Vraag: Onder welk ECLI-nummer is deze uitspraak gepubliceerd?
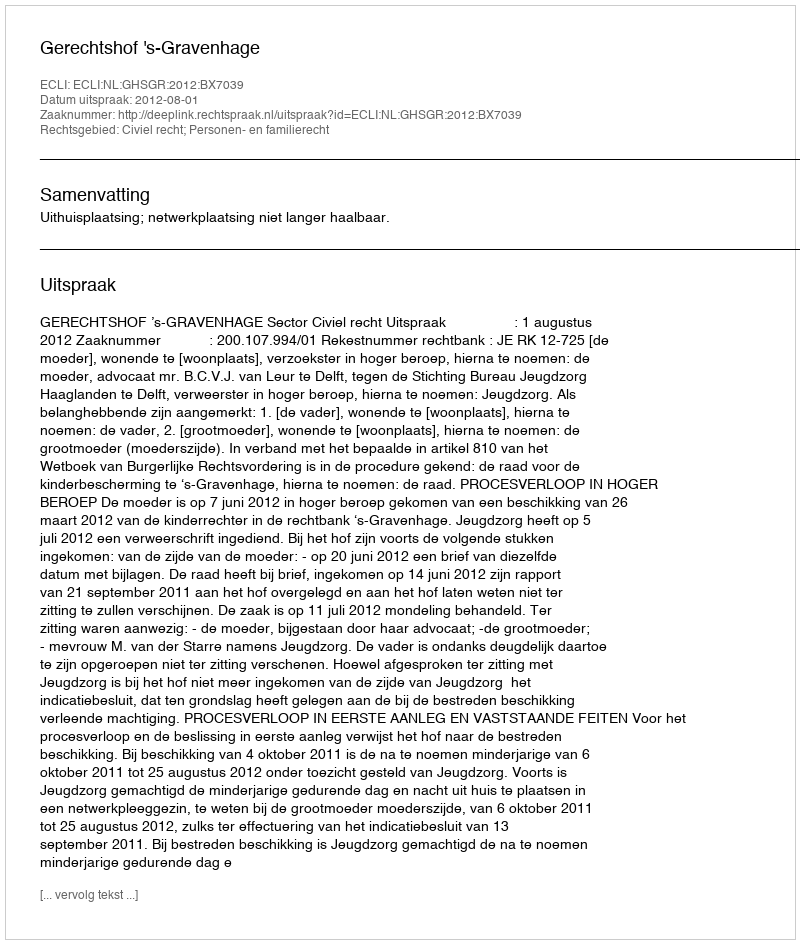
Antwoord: ECLI:NL:GHSGR:2012:BX7039